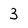
Character: 3